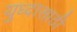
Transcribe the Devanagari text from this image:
युध्दासाठी